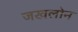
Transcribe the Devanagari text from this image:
जखलोन